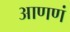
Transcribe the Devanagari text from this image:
आणणं